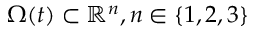
\Omega ( t ) \subset \mathbb { R } ^ { n } , n \in \{ 1 , 2 , 3 \}